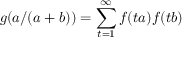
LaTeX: g ( a / ( a + b ) ) = \sum _ { t = 1 } ^ { \infty } f ( t a ) f ( t b )